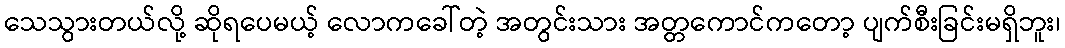
သေသွားတယ်လို့ ဆိုရပေမယ့် လောကခေါ်တဲ့ အတွင်းသား အတ္တကောင်ကတော့ ပျက်စီးခြင်းမရှိဘူး၊